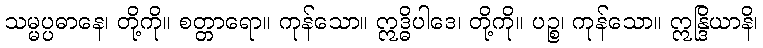
သမ္မပ္ပဓာနေ၊ တို့ကို။ စတ္တာရော။ ကုန်သော။ ဣဒ္ဓိပါဒေ၊ တို့ကို။ ပဉ္စ၊ ကုန်သော။ ဣန္ဒြိယာနိ၊